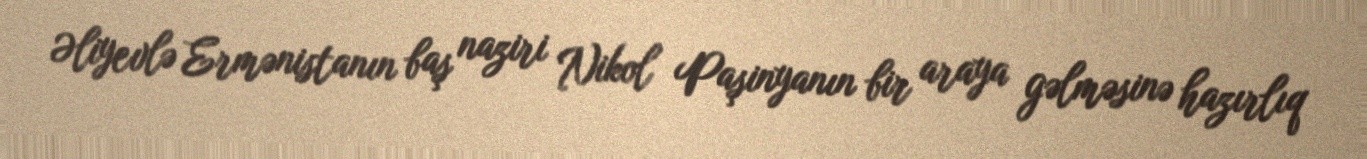
Əliyevlə Ermənistanın baş naziri Nikol Paşinyanın bir araya gəlməsinə hazırlıq